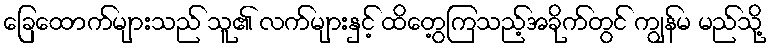
ခြေထောက်များသည် သူ၏ လက်များနှင့် ထိတွေ့ကြသည့်အခိုက်တွင် ကျွန်မ မည်သို့